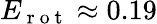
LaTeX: E_{\mathrm{~r~o~t~}}\approx 0.19